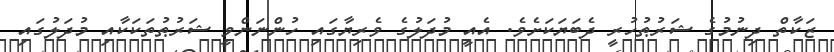
ޒަކާތް ދިނުމުގެ ޝަރުޠުހުރީ ދެބަޔަކަށެވެ. އެއީ މުދަލުގެ ވެރިޔާގައި ހުންނަންވީ ޝަރުޠުތަކަކާއި މުދަލުގައި